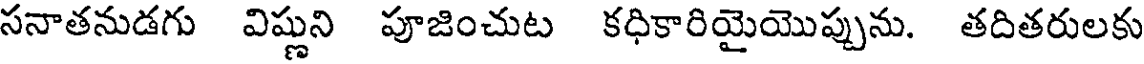
సనాతనుడగు విష్ణుని పూజించుట కధికారియైయొప్పును. తదితరులకు